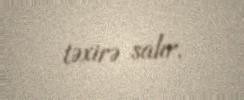
təxirə salır.